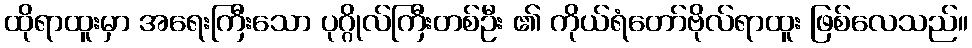
ထိုရာထူးမှာ အရေးကြီးသော ပုဂ္ဂိုလ်ကြီးတစ်ဦး ၏ ကိုယ်ရံတော်ဗိုလ်ရာထူး ဖြစ်လေသည်။